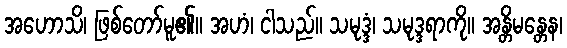
အဟောသိ၊ ဖြစ်တော်မူ၏။ အဟံ၊ ငါသည်။ သမုဒ္ဒံ၊ သမုဒ္ဒရာကို။ အန္တိမန္တေန၊